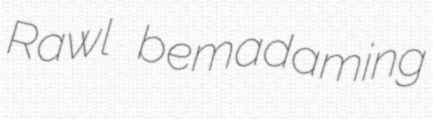
Rawl bemadaming